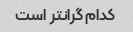
کدام گرانتر است